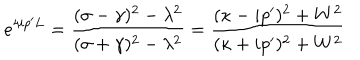
e ^ { 4 i p ^ { \prime } L } = \frac { ( \sigma - \gamma ) ^ { 2 } - \lambda ^ { 2 } } { ( \sigma + \gamma ) ^ { 2 } - \lambda ^ { 2 } } = \frac { ( \kappa - i p ^ { \prime } ) ^ { 2 } + W ^ { 2 } } { ( \kappa + i p ^ { \prime } ) ^ { 2 } + W ^ { 2 } }